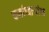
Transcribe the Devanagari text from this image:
कर्माच्यार्‍यांना